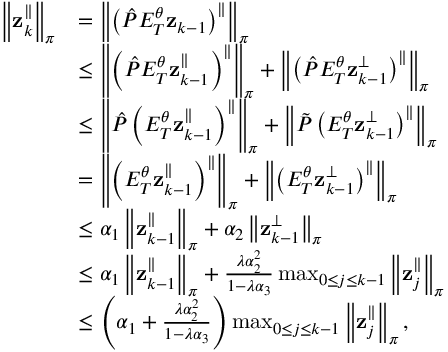
\begin{array} { r l } { \left\lVert \mathbf { z } _ { k } ^ { \parallel } \right\rVert _ { \boldsymbol \pi } } & { = \left\lVert \left( \hat { P } E _ { T } ^ { \theta } \mathbf { z } _ { k - 1 } \right) ^ { \parallel } \right\rVert _ { \boldsymbol \pi } } \\ & { \leq \left\lVert \left( \hat { P } E _ { T } ^ { \theta } \mathbf { z } _ { k - 1 } ^ { \parallel } \right) ^ { \parallel } \right\rVert _ { \boldsymbol \pi } + \left\lVert \left( \hat { P } E _ { T } ^ { \theta } \mathbf { z } _ { k - 1 } ^ { \perp } \right) ^ { \parallel } \right\rVert _ { \boldsymbol \pi } } \\ & { \leq \left\lVert \hat { P } \left( E _ { T } ^ { \theta } \mathbf { z } _ { k - 1 } ^ { \parallel } \right) ^ { \parallel } \right\rVert _ { \boldsymbol \pi } + \left\lVert \tilde { P } \left( E _ { T } ^ { \theta } \mathbf { z } _ { k - 1 } ^ { \perp } \right) ^ { \parallel } \right\rVert _ { \boldsymbol \pi } } \\ & { = \left\lVert \left( E _ { T } ^ { \theta } \mathbf { z } _ { k - 1 } ^ { \parallel } \right) ^ { \parallel } \right\rVert _ { \boldsymbol \pi } + \left\lVert \left( E _ { T } ^ { \theta } \mathbf { z } _ { k - 1 } ^ { \perp } \right) ^ { \parallel } \right\rVert _ { \boldsymbol \pi } } \\ & { \leq \alpha _ { 1 } \left\lVert \mathbf { z } _ { k - 1 } ^ { \parallel } \right\rVert _ { \boldsymbol \pi } + \alpha _ { 2 } \left\lVert \mathbf { z } _ { k - 1 } ^ { \perp } \right\rVert _ { \boldsymbol \pi } } \\ & { \leq \alpha _ { 1 } \left\lVert \mathbf { z } _ { k - 1 } ^ { \parallel } \right\rVert _ { \boldsymbol \pi } + \frac { \lambda \alpha _ { 2 } ^ { 2 } } { 1 - \lambda \alpha _ { 3 } } \operatorname* { m a x } _ { 0 \leq j \leq k - 1 } \left\lVert \mathbf { z } _ { j } ^ { \parallel } \right\rVert _ { \boldsymbol \pi } } \\ & { \leq \left( \alpha _ { 1 } + \frac { \lambda \alpha _ { 2 } ^ { 2 } } { 1 - \lambda \alpha _ { 3 } } \right) \operatorname* { m a x } _ { 0 \leq j \leq k - 1 } \left\lVert \mathbf { z } _ { j } ^ { \parallel } \right\rVert _ { \boldsymbol \pi } , } \end{array}